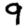
Digit: 9